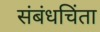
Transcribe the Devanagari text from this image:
संबंधचिंता